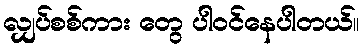
လျှပ်စစ်ကား တွေ ပါဝင်နေပါတယ်။